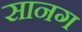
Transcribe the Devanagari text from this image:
सानग